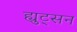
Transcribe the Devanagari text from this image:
ह्युट्सन